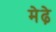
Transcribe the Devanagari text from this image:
मेढे़